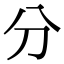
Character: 分